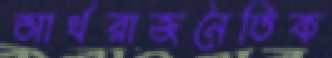
আর্থরাজনৈতিক